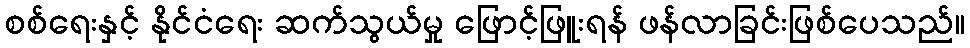
စစ်ရေးနှင့် နိုင်ငံရေး ဆက်သွယ်မှု ဖြောင့်ဖြူးရန် ဖန်လာခြင်းဖြစ်ပေသည်။